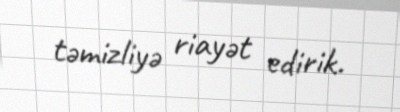
təmizliyə riayət edirik.